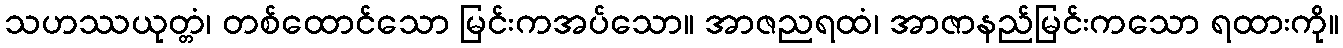
သဟဿယုတ္တံ၊ တစ်ထောင်သော မြင်းကအပ်သော။ အာဇညရထံ၊ အာဇာနည်မြင်းကသော ရထားကို။